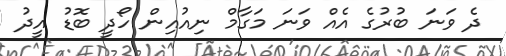
ދެ ވަނަ ބުރުގެ އެއް ވަނަ މަގާމް ނިއުއިން ހޯދީ ބޮޑު އީދު